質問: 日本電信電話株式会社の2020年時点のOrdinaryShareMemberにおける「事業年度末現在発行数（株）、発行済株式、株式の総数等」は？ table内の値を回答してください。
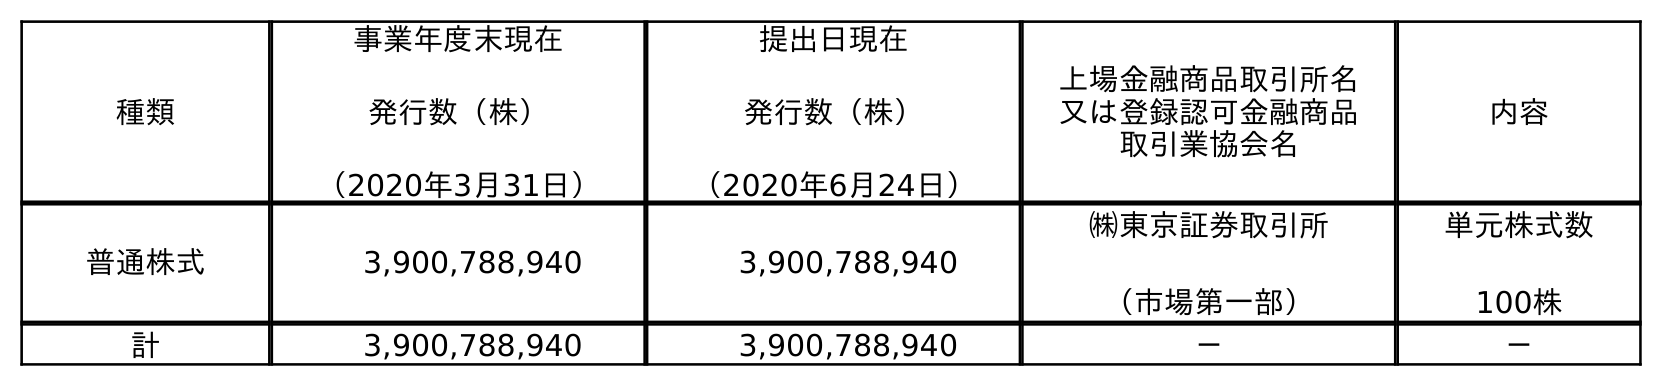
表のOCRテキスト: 種類 事業年度末現在 発行数（株） （2020年3月31日） 提出日現在 発行数（株） （2020年6月24日） 上場金融商品取引所名 又は登録認可金融商品 取引業協会名 内容 普通株式 3,900,788,940 3,900,788,940 ㈱東京証券取引所 （市場第一部） 単元株式数 100株 計 3,900,788,940 3,900,788,940 － －
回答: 3,900,788,940